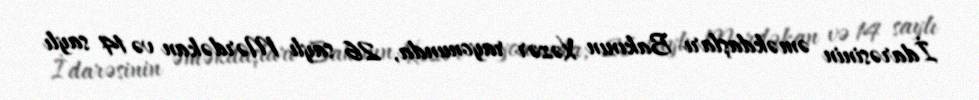
İdarəsinin əməkdaşları Bakının Xəzər rayonunda, 26 saylı Mərdəkan və 14 saylı